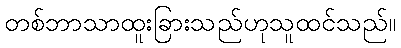
တစ်ဘာသာထူးခြားသည်ဟုသူထင်သည်။